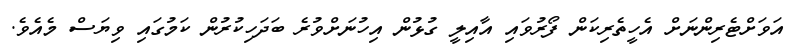
އަވަށްޓެރިންނަށް އެހީތެރިކަން ފޯރުވައި އާއިލީ ގުޅުން އިހުނަށްވުރެ ބަދަހިކުރުން ކަމުގައި ވިޔަސް މެއެވެ.